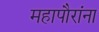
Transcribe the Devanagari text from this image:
महापौरांना